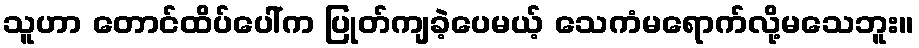
သူဟာ တောင်ထိပ်ပေါ်က ပြုတ်ကျခဲ့ပေမယ့် သေကံမရောက်လို့မသေဘူး။